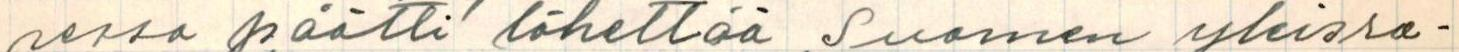
sessa päätti lähettää Suomen yleisra-